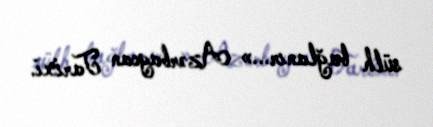
sülh bağlanır...» Azərbaycan Tarixi.